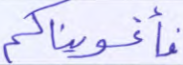
فأغويناكم